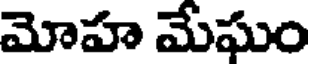
మోహ మేఘం